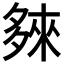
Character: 𭐽